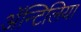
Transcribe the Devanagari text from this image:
अॅन्टिलिया